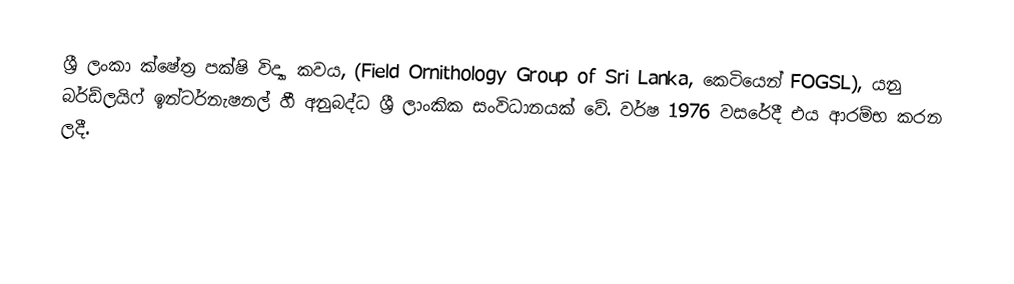
ශ්‍රී ලංකා ක්ෂේත්‍ර පක්ෂි විද්‍යා කවය, (Field Ornithology Group of Sri Lanka, කෙටියෙන් FOGSL), යනු බර්ඩ්ලයිෆ් ඉන්ටර්නැෂනල් හී අනුබද්ධ ශ්‍රී ලාංකික සංවිධානයක් වේ. වර්ෂ 1976 වසරේදී එය ආරම්භ කරන ලදී.